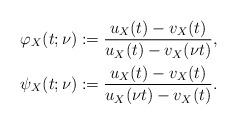
LaTeX: \begin{align*} \varphi_X(t;\nu) &:= \frac{u_X(t)-v_X(t)}{u_X(t)-v_X(\nu t)}, \\ \psi_X(t;\nu) &:= \frac{u_X(t)-v_X(t)}{u_X(\nu t)-v_X(t)}.\end{align*}